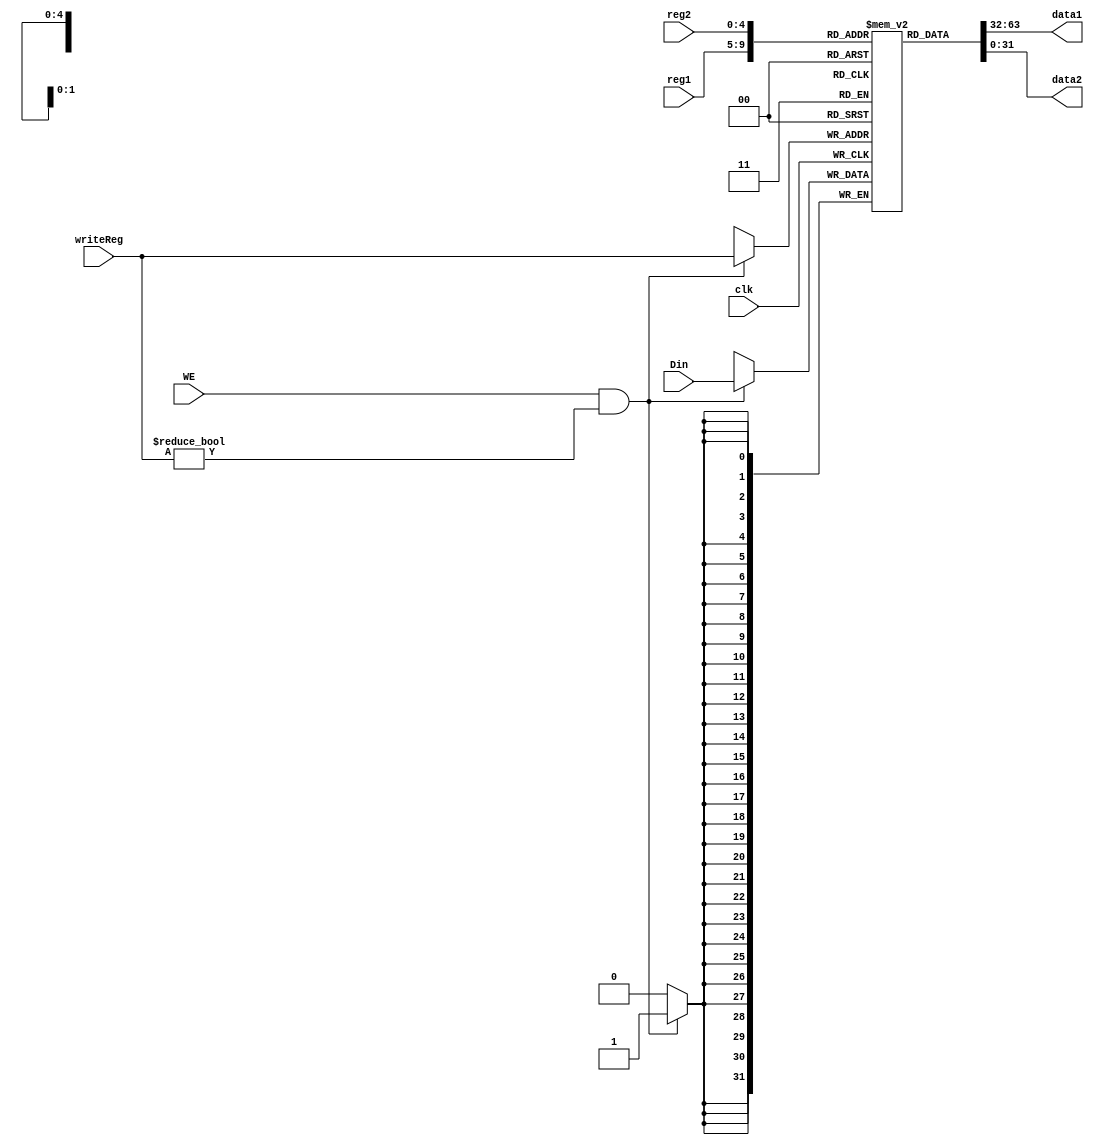
`timescale 1ms / 1ns

module regfile(
    input [4:0] reg1,
    input [4:0] reg2,
    input [4:0] writeReg,
    input [31:0] Din,
    input WE,
    input clk,
    output [31:0] data1,
    output [31:0] data2
    );
    
    reg [31:0]registers[0:31];
    initial
        registers[0] = 0;
    assign data1 = registers[reg1];
    assign data2 = registers[reg2];
    always @(negedge clk)       //
        if (WE && writeReg != 0)
            registers[writeReg] = Din;
endmodule